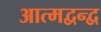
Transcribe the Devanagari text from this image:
आत्मद्वन्द्व